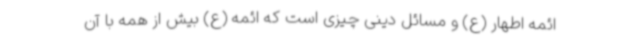
ائمه اطهار (ع) و مسائل دینی چیزی است که ائمه (ع) بیش از همه با آن